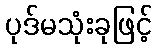
ပုဒ်မသုံးခုဖြင့်